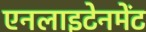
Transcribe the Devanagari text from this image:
एनलाइटेनमेंट